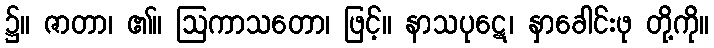
၌။ ဇာတာ၊ ၏။ ဩကာသတော၊ ဖြင့်။ နာသပုဋေ၊ နှာခေါင်းဖု တို့ကို။